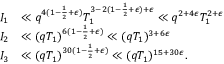
\begin{array} { r l } { I _ { 1 } } & { \ll q ^ { 4 ( 1 - \frac { 1 } { 2 } + \epsilon ) } T _ { 1 } ^ { 3 - 2 ( 1 - \frac { 1 } { 2 } + \epsilon ) + \epsilon } \ll q ^ { 2 + 4 \epsilon } T _ { 1 } ^ { 2 + \epsilon } } \\ { I _ { 2 } } & { \ll ( q T _ { 1 } ) ^ { 6 ( 1 - \frac { 1 } { 2 } + \epsilon ) } \ll ( q T _ { 1 } ) ^ { 3 + 6 \epsilon } } \\ { I _ { 3 } } & { \ll ( q T _ { 1 } ) ^ { 3 0 ( 1 - \frac { 1 } { 2 } + \epsilon ) } \ll ( q T _ { 1 } ) ^ { 1 5 + 3 0 \epsilon } . } \end{array}